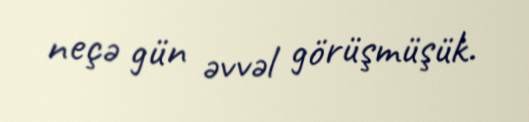
neçə gün əvvəl görüşmüşük.